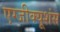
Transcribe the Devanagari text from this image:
एग्जीक्यूशंस